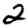
Digit: 2